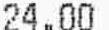
24.00